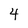
Character: 4